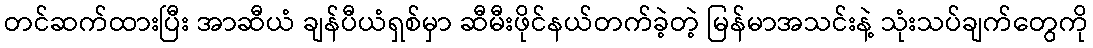
တင်ဆက်ထားပြီး အာဆီယံ ချန်ပီယံရှစ်မှာ ဆီမီးဖိုင်နယ်တက်ခဲ့တဲ့ မြန်မာအသင်းနဲ့ သုံးသပ်ချက်တွေကို